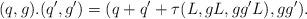
LaTeX: \begin{align*} (q,g).(q',g')=(q+q'+\tau(L,gL,gg'L),gg').\end{align*}